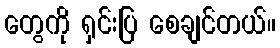
တွေကို ရှင်းပြ စေချင်တယ်။